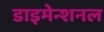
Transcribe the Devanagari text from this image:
डाइमेन्शनल